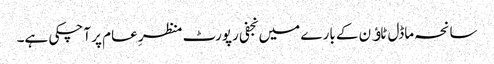
سانحہ ماڈل ٹاﺅن کے بارے میں نجفی رپورٹ منظرِ عام پر آچکی ہے۔